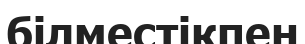
білместікпен